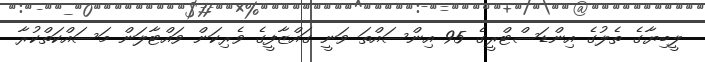
ލީބިޔާގެ ތެލުގެ އިންޑަސްޓްރީގެ 95 އިންސައްތަ ވަނީ ގައްޒާފީގެ ވެރިކަން ވައްޓާލަން މަސައްކަތްކުރާ